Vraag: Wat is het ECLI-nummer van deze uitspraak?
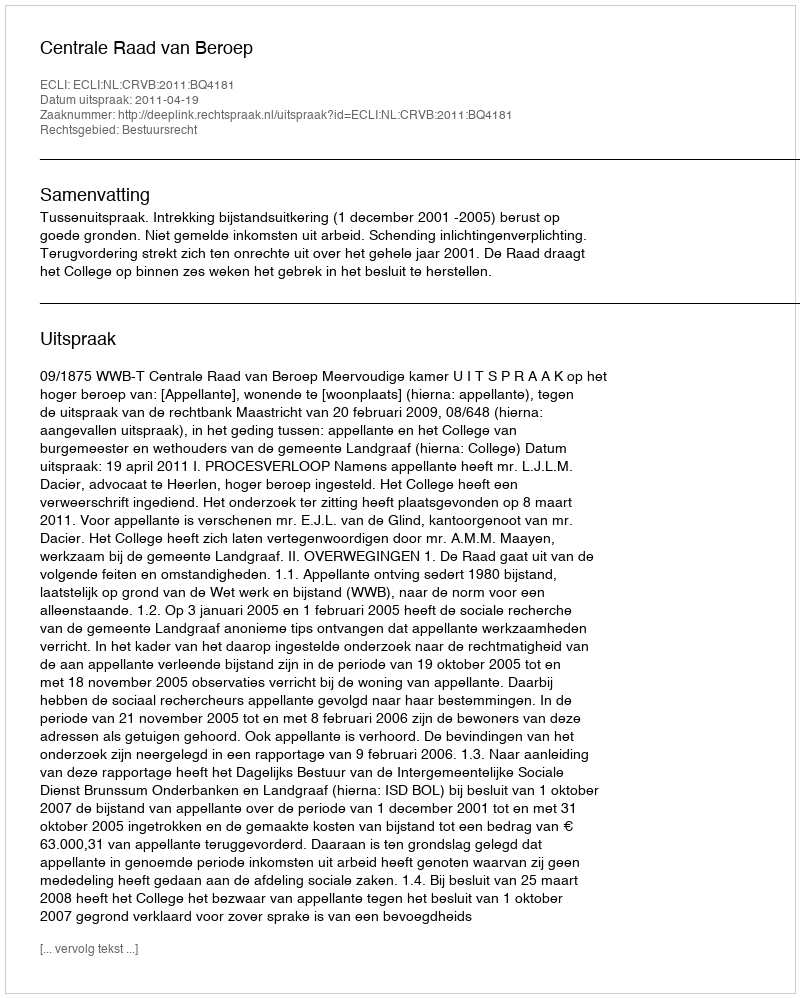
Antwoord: ECLI:NL:CRVB:2011:BQ4181